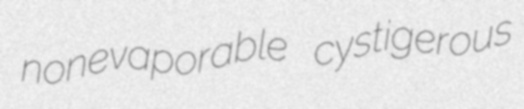
nonevaporable cystigerous